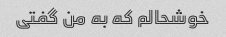
خوشحالم که به من گفتی